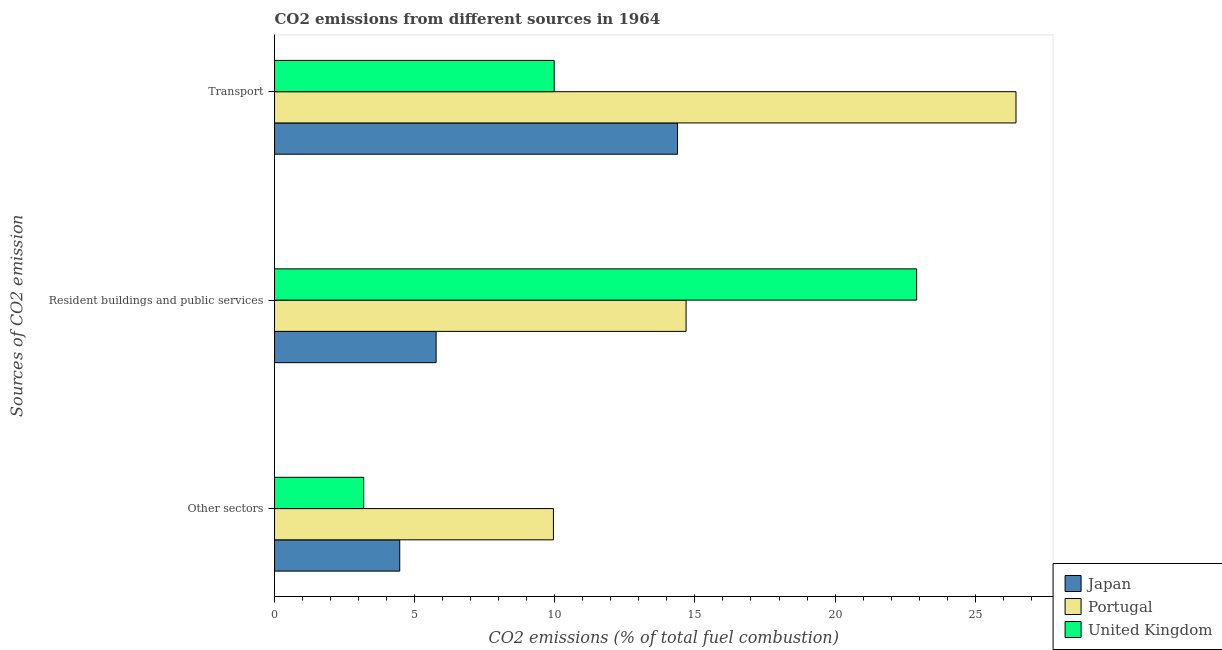
| Sources of CO2 emission | Japan | Portugal | United Kingdom |
 | --- | --- | --- | --- |
 | Other sectors | 4.47 | 9.95 | 3.18 |
 | Resident buildings and public services | 5.77 | 14.7 | 22.9 |
 | Transport | 14.4 | 26.5 | 9.98 |